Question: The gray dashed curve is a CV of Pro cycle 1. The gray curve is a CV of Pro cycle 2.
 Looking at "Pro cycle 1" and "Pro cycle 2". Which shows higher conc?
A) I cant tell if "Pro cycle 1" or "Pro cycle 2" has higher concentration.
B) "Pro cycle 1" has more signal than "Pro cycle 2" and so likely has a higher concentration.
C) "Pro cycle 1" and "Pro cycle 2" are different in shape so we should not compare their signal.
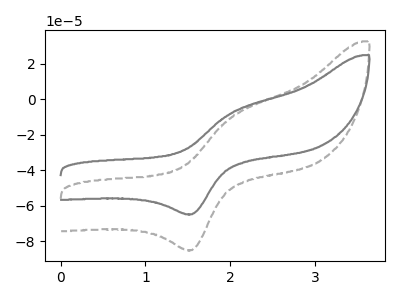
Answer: <think>The gray dashed curve "Pro cycle 1" has an anodic peak at (2.00V, -10.00uA) and a cathodic peak at (1.55V, -85.10uA). The gray curve "Pro cycle 2" has an anodic peak at (2.00V, -7.60uA) and a cathodic peak at (1.55V, -64.90uA).
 All the peaks in "Pro cycle 1" have a peak in "Pro cycle 2" at the same potential.</think>
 <answer>A) I cant tell if "Pro cycle 1" or "Pro cycle 2" has higher concentration.</answer>
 <eval>A</eval>